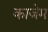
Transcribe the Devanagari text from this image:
काजेम